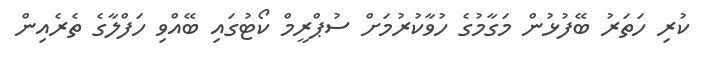
ކުރި ހަތަރު ބޭފުޅުން މަގާމުގެ ހުވާކުރުމަށް ސުޕްރީމް ކޯޓުގައި ބޭއްވި ހަފްލާގެ ތެރެއިން